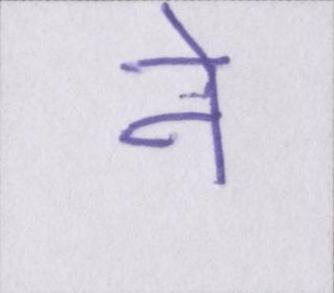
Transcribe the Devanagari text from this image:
ने